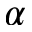
\alpha